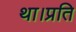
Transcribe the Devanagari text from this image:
था।प्रति